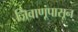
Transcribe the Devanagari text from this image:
जिवाणूंपासून